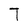
Character: T